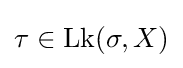
{\textstyle \tau \in \operatorname {Lk} (\sigma ,X)}